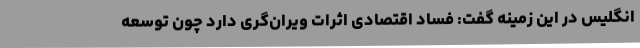
انگلیس در این زمینه گفت: فساد اقتصادی اثرات ویران‌گری دارد چون توسعه